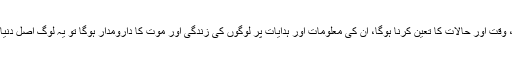
ان کو موت کا سبب، وقت اور حالات کا تعین کرنا ہوگا، ان کی معلومات اور ہدایات پر لوگوں کی زندگی اور موت کا دارومدار ہوگا تو یہ لوگ اصل دنیا میں کیا کریں گے؟